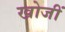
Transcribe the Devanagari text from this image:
खोजीं